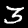
Digit: 3